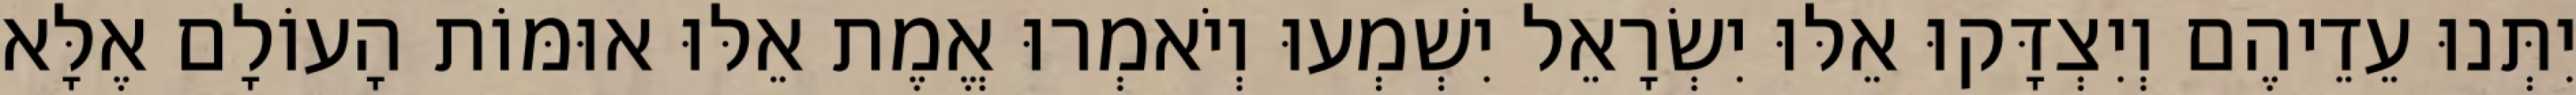
יִתְּנוּ עֵדֵיהֶם וְיִצְדָּקוּ אֵלּוּ יִשְׂרָאֵל יִשְׁמְעוּ וְיֹאמְרוּ אֱמֶת אֵלּוּ אוּמּוֹת הָעוֹלָם אֶלָּא